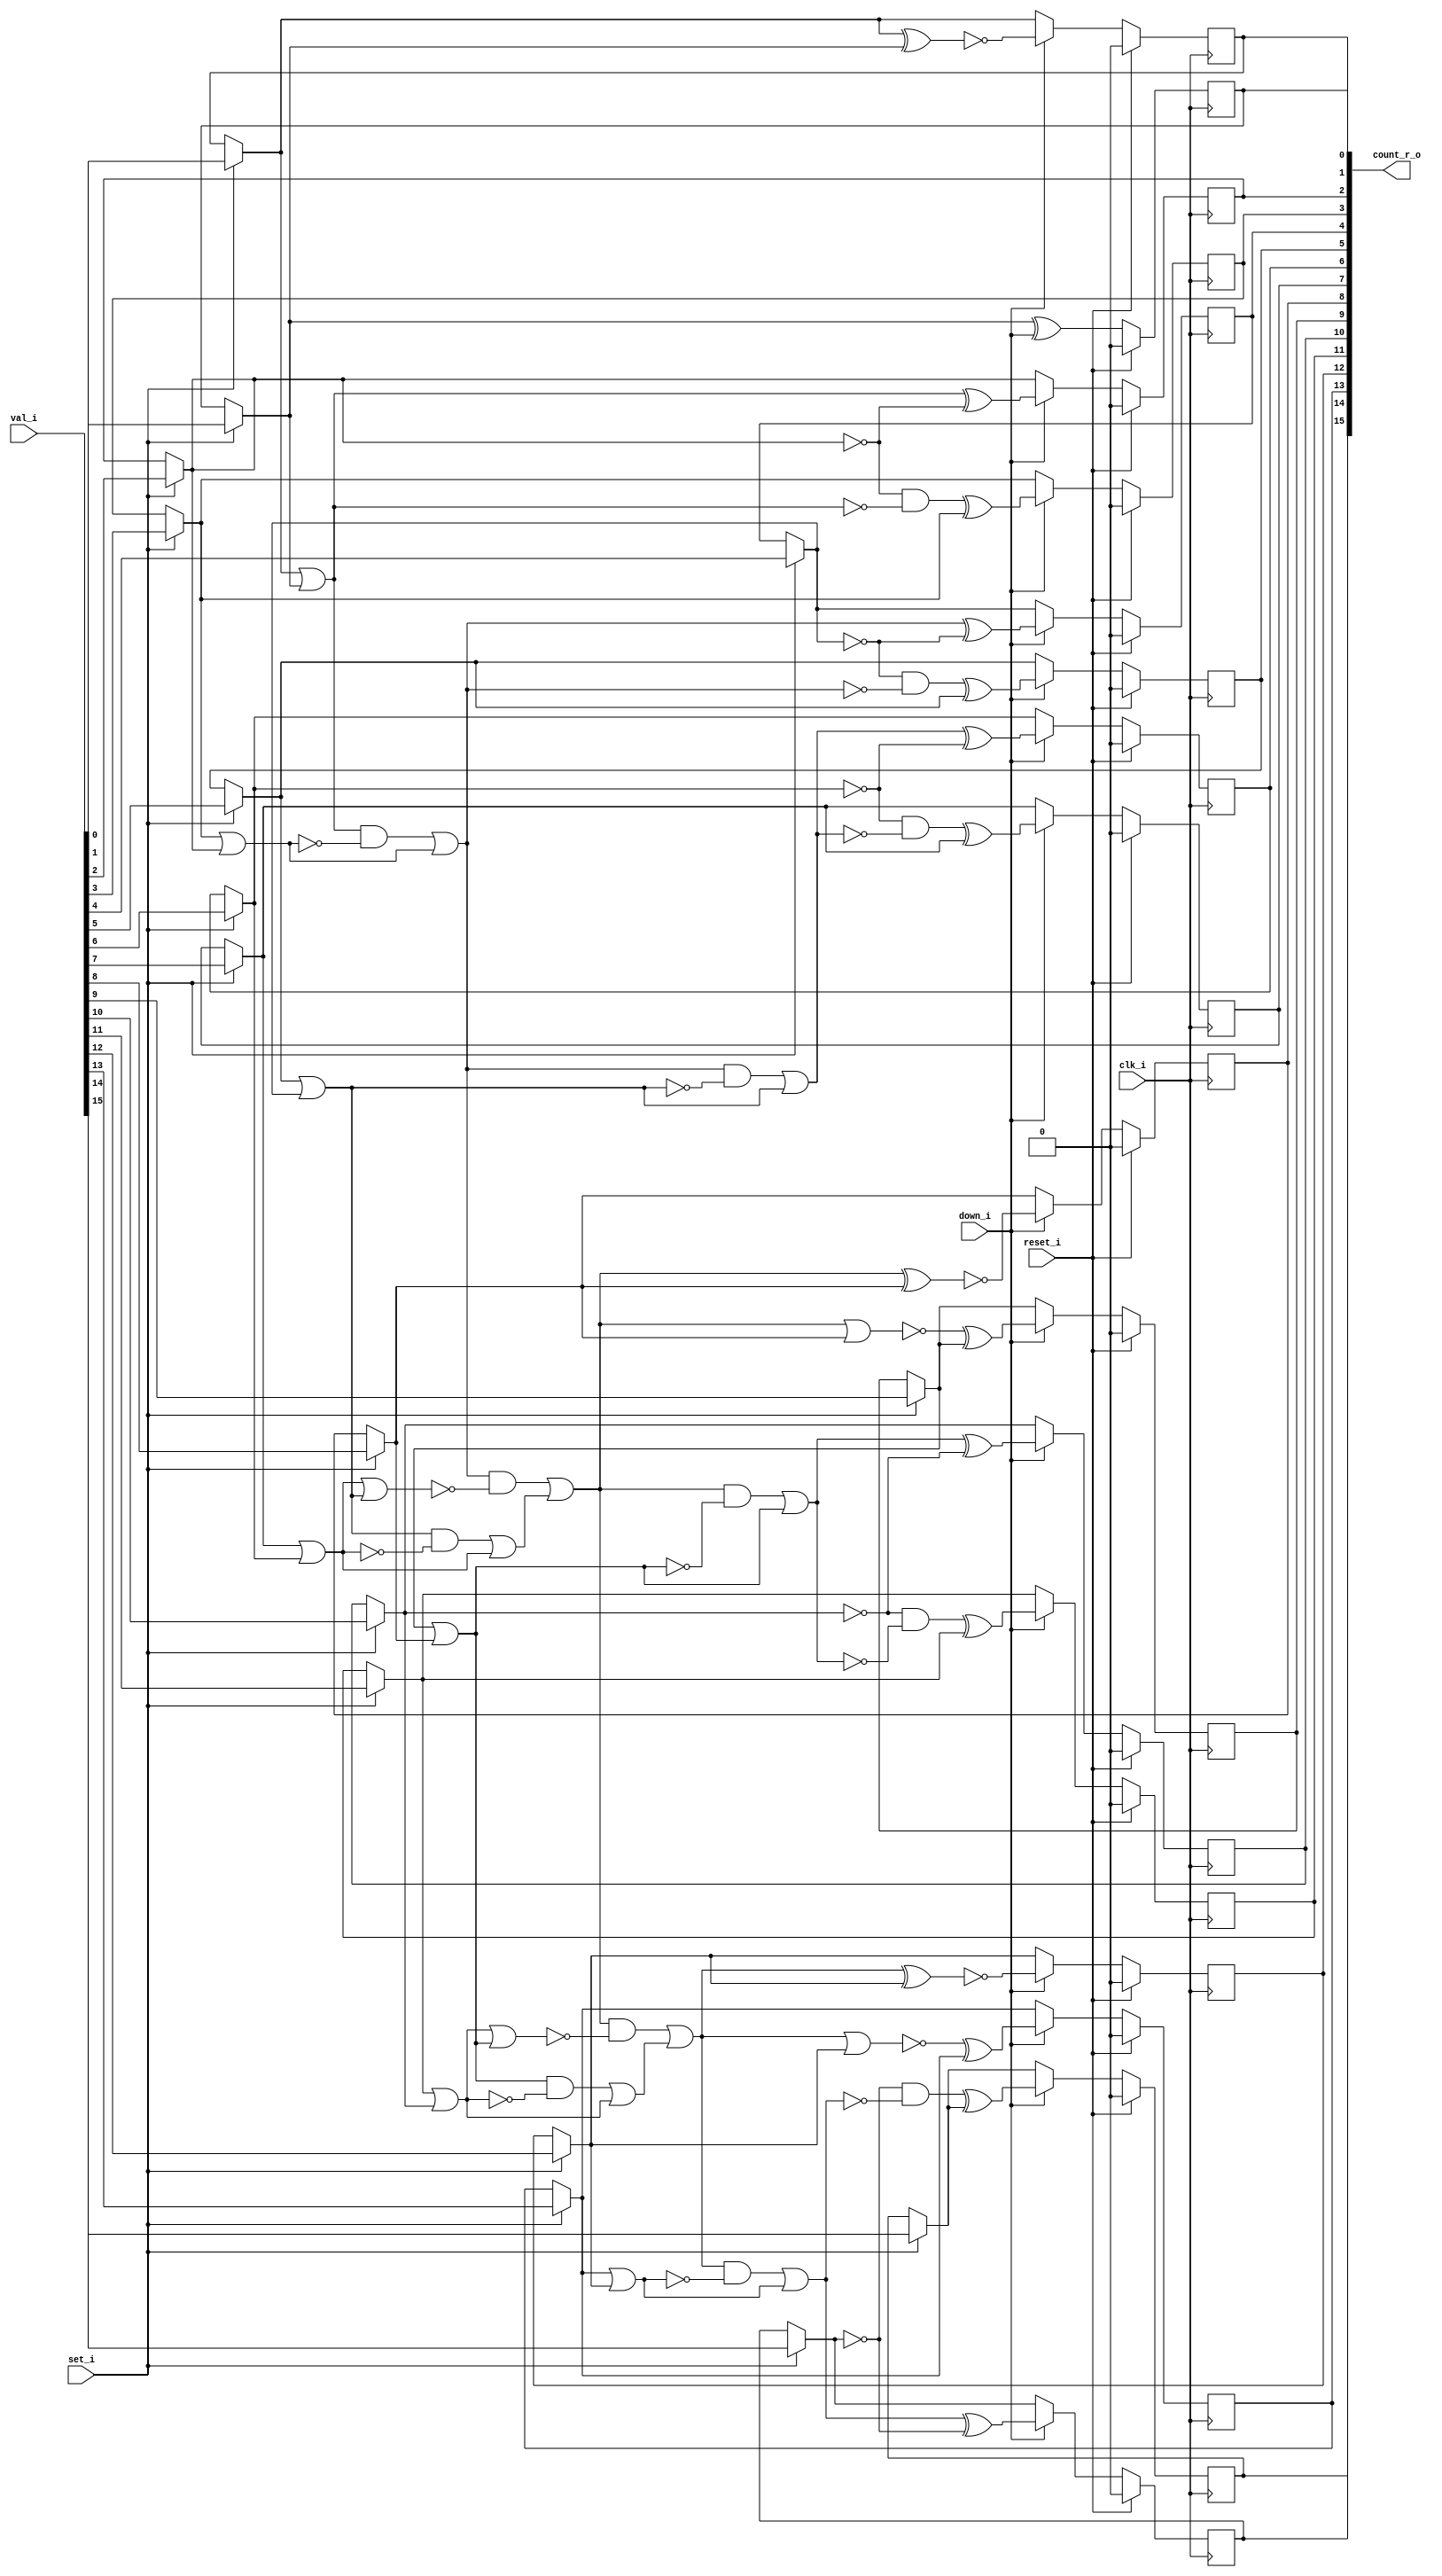
// This program was cloned from: https://github.com/chipsalliance/UHDM-integration-tests
// License: Apache License 2.0

/* Generated by Yosys 0.27+9 (git sha1 101d19bb6, gcc 11.2.0-7ubuntu2 -fPIC -Os) */

(* top =  1  *)

module bsg_counter_set_down(clk_i, reset_i, set_i, val_i, down_i, count_r_o);
  wire _000_;
  wire _001_;
  wire _002_;
  wire _003_;
  wire _004_;
  wire _005_;
  wire _006_;
  wire _007_;
  wire _008_;
  wire _009_;
  wire _010_;
  wire _011_;
  wire _012_;
  wire _013_;
  wire _014_;
  wire _015_;
  wire _016_;
  wire _017_;
  wire _018_;
  wire _019_;
  wire _020_;
  wire _021_;
  wire _022_;
  wire _023_;
  wire _024_;
  wire _025_;
  wire _026_;
  wire _027_;
  wire _028_;
  wire _029_;
  wire _030_;
  wire _031_;
  wire _032_;
  wire _033_;
  wire _034_;
  wire _035_;
  wire _036_;
  wire _037_;
  wire _038_;
  wire _039_;
  wire _040_;
  wire _041_;
  wire _042_;
  wire _043_;
  wire _044_;
  wire _045_;
  wire _046_;
  wire _047_;
  wire _048_;
  wire _049_;
  wire _050_;
  wire _051_;
  wire _052_;
  wire _053_;
  wire _054_;
  wire _055_;
  wire _056_;
  wire _057_;
  wire _058_;
  wire _059_;
  wire _060_;
  wire _061_;
  wire _062_;
  wire _063_;
  wire _064_;
  wire _065_;
  wire _066_;
  wire _067_;
  wire _068_;
  
  input clk_i;
  wire clk_i;
  
  output [15:0] count_r_o;
  wire [15:0] count_r_o;
  
  wire [15:0] ctr_n;
  
  reg [15:0] ctr_r;
  
  input down_i;
  wire down_i;
  
  input reset_i;
  wire reset_i;
  
  input set_i;
  wire set_i;
  
  input [15:0] val_i;
  wire [15:0] val_i;
  assign _033_ = set_i ? val_i[0] : ctr_r[0];
  assign ctr_n[0] = _033_ ^ down_i;
  assign _034_ = set_i ? val_i[1] : ctr_r[1];
  assign _035_ = ~(_034_ ^ _033_);
  assign ctr_n[1] = down_i ? _035_ : _034_;
  assign _036_ = set_i ? val_i[2] : ctr_r[2];
  assign _037_ = ~_036_;
  assign _038_ = _034_ | _033_;
  assign _039_ = _038_ ^ _037_;
  assign ctr_n[2] = down_i ? _039_ : _036_;
  assign _040_ = set_i ? val_i[3] : ctr_r[3];
  assign _041_ = _037_ & ~(_038_);
  assign _042_ = _041_ ^ _040_;
  assign ctr_n[3] = down_i ? _042_ : _040_;
  assign _043_ = set_i ? val_i[4] : ctr_r[4];
  assign _044_ = ~_043_;
  assign _045_ = _040_ | _036_;
  assign _046_ = _038_ & ~(_045_);
  assign _047_ = _046_ | _045_;
  assign _048_ = _047_ ^ _044_;
  assign ctr_n[4] = down_i ? _048_ : _043_;
  assign _049_ = set_i ? val_i[5] : ctr_r[5];
  assign _050_ = _044_ & ~(_047_);
  assign _051_ = _050_ ^ _049_;
  assign ctr_n[5] = down_i ? _051_ : _049_;
  assign _052_ = set_i ? val_i[6] : ctr_r[6];
  assign _053_ = ~_052_;
  assign _054_ = _049_ | _043_;
  assign _055_ = _047_ & ~(_054_);
  assign _056_ = _055_ | _054_;
  assign _057_ = _056_ ^ _053_;
  assign ctr_n[6] = down_i ? _057_ : _052_;
  assign _058_ = set_i ? val_i[7] : ctr_r[7];
  assign _059_ = _053_ & ~(_056_);
  assign _060_ = _059_ ^ _058_;
  assign ctr_n[7] = down_i ? _060_ : _058_;
  assign _061_ = set_i ? val_i[8] : ctr_r[8];
  assign _062_ = _058_ | _052_;
  assign _063_ = _054_ & ~(_062_);
  assign _064_ = _063_ | _062_;
  assign _065_ = _062_ | _054_;
  assign _066_ = _047_ & ~(_065_);
  assign _067_ = _066_ | _064_;
  assign _068_ = ~(_067_ ^ _061_);
  assign ctr_n[8] = down_i ? _068_ : _061_;
  assign _000_ = set_i ? val_i[9] : ctr_r[9];
  assign _001_ = ~(_067_ | _061_);
  assign _002_ = _001_ ^ _000_;
  assign ctr_n[9] = down_i ? _002_ : _000_;
  assign _003_ = set_i ? val_i[10] : ctr_r[10];
  assign _004_ = ~_003_;
  assign _005_ = _000_ | _061_;
  assign _006_ = _067_ & ~(_005_);
  assign _007_ = _006_ | _005_;
  assign _008_ = _007_ ^ _004_;
  assign ctr_n[10] = down_i ? _008_ : _003_;
  assign _009_ = set_i ? val_i[11] : ctr_r[11];
  assign _010_ = _004_ & ~(_007_);
  assign _011_ = _010_ ^ _009_;
  assign ctr_n[11] = down_i ? _011_ : _009_;
  assign _012_ = set_i ? val_i[12] : ctr_r[12];
  assign _013_ = _009_ | _003_;
  assign _014_ = _005_ & ~(_013_);
  assign _015_ = _014_ | _013_;
  assign _016_ = _013_ | _005_;
  assign _017_ = _067_ & ~(_016_);
  assign _018_ = _017_ | _015_;
  assign _019_ = ~(_018_ ^ _012_);
  assign ctr_n[12] = down_i ? _019_ : _012_;
  assign _020_ = set_i ? val_i[13] : ctr_r[13];
  assign _021_ = ~(_018_ | _012_);
  assign _022_ = _021_ ^ _020_;
  assign ctr_n[13] = down_i ? _022_ : _020_;
  assign _023_ = set_i ? val_i[14] : ctr_r[14];
  assign _024_ = ~_023_;
  assign _025_ = ~(_020_ | _012_);
  assign _026_ = _020_ | _012_;
  assign _027_ = _018_ & ~(_026_);
  assign _028_ = _027_ | ~(_025_);
  assign _029_ = _028_ ^ _024_;
  assign ctr_n[14] = down_i ? _029_ : _023_;
  assign _030_ = set_i ? val_i[15] : ctr_r[15];
  assign _031_ = _024_ & ~(_028_);
  assign _032_ = _031_ ^ _030_;
  assign ctr_n[15] = down_i ? _032_ : _030_;
  (* \always_ff  = 32'd1 *)
  
  always @(posedge clk_i)
    if (reset_i) ctr_r[0] <= 1'h0;
    else ctr_r[0] <= ctr_n[0];
  (* \always_ff  = 32'd1 *)
  
  always @(posedge clk_i)
    if (reset_i) ctr_r[1] <= 1'h0;
    else ctr_r[1] <= ctr_n[1];
  (* \always_ff  = 32'd1 *)
  
  always @(posedge clk_i)
    if (reset_i) ctr_r[2] <= 1'h0;
    else ctr_r[2] <= ctr_n[2];
  (* \always_ff  = 32'd1 *)
  
  always @(posedge clk_i)
    if (reset_i) ctr_r[3] <= 1'h0;
    else ctr_r[3] <= ctr_n[3];
  (* \always_ff  = 32'd1 *)
  
  always @(posedge clk_i)
    if (reset_i) ctr_r[4] <= 1'h0;
    else ctr_r[4] <= ctr_n[4];
  (* \always_ff  = 32'd1 *)
  
  always @(posedge clk_i)
    if (reset_i) ctr_r[5] <= 1'h0;
    else ctr_r[5] <= ctr_n[5];
  (* \always_ff  = 32'd1 *)
  
  always @(posedge clk_i)
    if (reset_i) ctr_r[6] <= 1'h0;
    else ctr_r[6] <= ctr_n[6];
  (* \always_ff  = 32'd1 *)
  
  always @(posedge clk_i)
    if (reset_i) ctr_r[7] <= 1'h0;
    else ctr_r[7] <= ctr_n[7];
  (* \always_ff  = 32'd1 *)
  
  always @(posedge clk_i)
    if (reset_i) ctr_r[8] <= 1'h0;
    else ctr_r[8] <= ctr_n[8];
  (* \always_ff  = 32'd1 *)
  
  always @(posedge clk_i)
    if (reset_i) ctr_r[9] <= 1'h0;
    else ctr_r[9] <= ctr_n[9];
  (* \always_ff  = 32'd1 *)
  
  always @(posedge clk_i)
    if (reset_i) ctr_r[10] <= 1'h0;
    else ctr_r[10] <= ctr_n[10];
  (* \always_ff  = 32'd1 *)
  
  always @(posedge clk_i)
    if (reset_i) ctr_r[11] <= 1'h0;
    else ctr_r[11] <= ctr_n[11];
  (* \always_ff  = 32'd1 *)
  
  always @(posedge clk_i)
    if (reset_i) ctr_r[12] <= 1'h0;
    else ctr_r[12] <= ctr_n[12];
  (* \always_ff  = 32'd1 *)
  
  always @(posedge clk_i)
    if (reset_i) ctr_r[13] <= 1'h0;
    else ctr_r[13] <= ctr_n[13];
  (* \always_ff  = 32'd1 *)
  
  always @(posedge clk_i)
    if (reset_i) ctr_r[14] <= 1'h0;
    else ctr_r[14] <= ctr_n[14];
  (* \always_ff  = 32'd1 *)
  
  always @(posedge clk_i)
    if (reset_i) ctr_r[15] <= 1'h0;
    else ctr_r[15] <= ctr_n[15];
  assign count_r_o = ctr_r;
endmodule